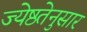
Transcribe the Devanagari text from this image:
ज्येष्ठतेनुसार